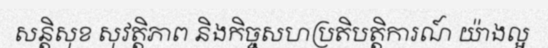
សន្តិសុខ សុវត្តិភាព និងកិច្ចសហប្រតិបត្តិការណ៍ យ៉ាងល្អ